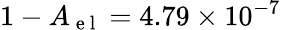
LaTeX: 1-A_{\mathrm{~e~l~}}=4.79\times 10^{-7}